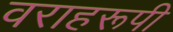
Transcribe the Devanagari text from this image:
वराहरूपी